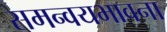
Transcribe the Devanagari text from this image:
समन्वयभावना